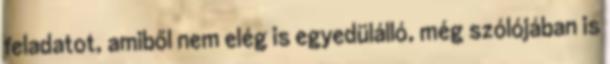
feladatot, amiből nem elég is egyedülálló, még szólójában is